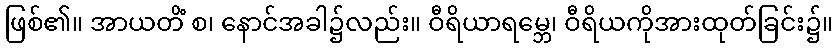
ဖြစ်၏။ အာယတိံ စ၊ နောင်အခါ၌လည်း။ ဝီရိယာရမ္ဘေ၊ ဝီရိယကိုအားထုတ်ခြင်း၌။